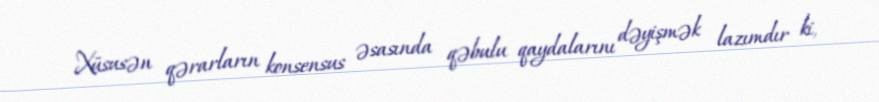
Xüsusən qərarların konsensus əsasında qəbulu qaydalarını dəyişmək lazımdır ki,